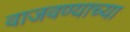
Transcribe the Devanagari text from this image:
वाजवण्याच्या